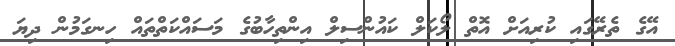
އޭގެ ތެރޭގައި ކުރިއަށް އޮތް ލޯކަލް ކައުންސިލް އިންތިހާބުގެ މަސައްކަތްތައް ހިނގަމުން ދިޔަ